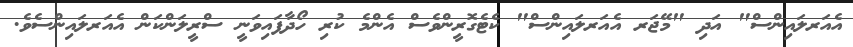
އެއަރލައިންސް" އަދި "މޭޖަރ އެއަރލައިންސް" ކެޓެގޮރީންވެސް އެންމެ ކުރި ހޯދާފައިވަނީ ސްރީލަންކަން އެއަރލައިންސެވެ.